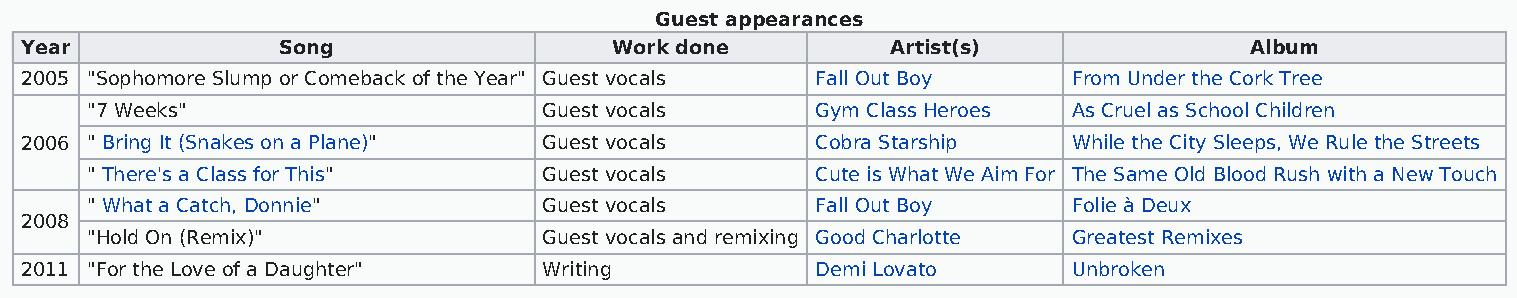
Guest appearances
 Year             Song                   Work done         Artist(s)               Album
 2005 "Sophomore Slump or Comeback of the Year" Guest vocals Fall Out Boy From Under the Cork Tree
 "7 Weeks"                     Guest vocals      Gym Class Heroes As Cruel as School Children
 2006 " Bring It (Snakes on a Plane)" Guest vocals    Cobra Starship   While the City Sleeps, We Rule the Streets
 " There's a Class for This"   Guest vocals      Cute is What We Aim For The Same Old Blood Rush with a New Touch
 " What a Catch, Donnie"       Guest vocals      Fall Out Boy     Folie à Deux
 2008
 "Hold On (Remix)"             Guest vocals and remixing Good Charlotte Greatest Remixes
 2011 "For the Love of a Daughter"  Writing           Demi Lovato      Unbroken